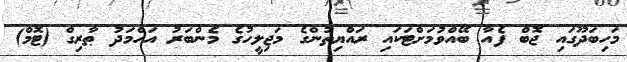
މަހިބަދޫގައި ޖޮބް ފެއާ ބޭއްވުމަށްޓަކައި ރައްޔިތުންގެ މަޖިލީހުގެ މެންބަރު އަހްމަދު ޠާރިގް (ޓޮމް)